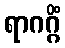
ရာဂဂ္ဂိံ